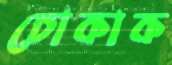
চোকাক